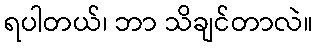
ရပါတယ်၊ ဘာ သိချင်တာလဲ။